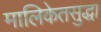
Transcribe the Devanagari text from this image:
मालिकेतसुद्धा